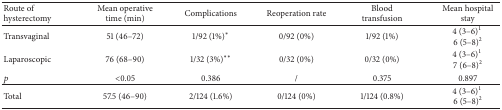
<table><thead><tr><td><b>Route of hysterectomy</b></td><td><b>Mean operative time (min)</b></td><td><b>Complications</b></td><td><b>Reoperation rate</b></td><td><b>Blood transfusion</b></td><td><b>Mean hospital stay</b></td></tr></thead><tbody><tr><td>Transvaginal</td><td>51 (46–72)</td><td>1/92 (1%)<sup><i>∗</i></sup></td><td>0/92 (0%)</td><td>1/92 (1%)</td><td>4 (3–6)<sup>1</sup> 6 (5–8)<sup>2</sup></td></tr><tr><td>Laparoscopic</td><td>76 (68–90)</td><td>1/32 (3%)<sup><i>∗∗</i></sup></td><td>0/32 (0%)</td><td>0/32 (0%)</td><td>4 (3–6)<sup>1</sup> 7 (6–8)<sup>2</sup></td></tr><tr><td><i>p</i></td><td>&lt;0.05</td><td>0.386</td><td>/</td><td>0.375</td><td>0.897</td></tr><tr><td>Total</td><td>57.5 (46–90)</td><td>2/124 (1.6%)</td><td>0/124 (0%)</td><td>1/124 (0.8%)</td><td>4 (3–6)<sup>1</sup> 6 (5–8)<sup>2</sup></td></tr></tbody></table>